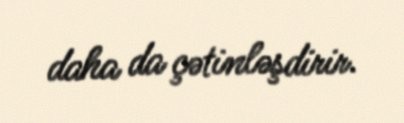
daha da çətinləşdirir.